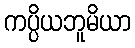
ကပ္ပိယဘူမိယာ